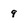
Character: 9